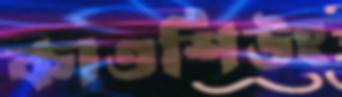
কাওশিউং